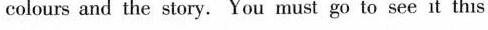
colours and the story. You must go to see it this